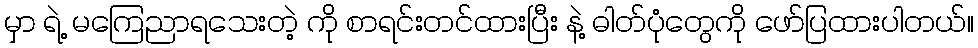
မှာ ရဲ့ မကြေညာရသေးတဲ့ ကို စာရင်းတင်ထားပြီး နဲ့ ဓါတ်ပုံတွေကို ဖော်ပြထားပါတယ်။